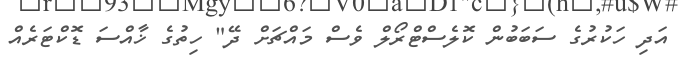
އަދި ހަކުރުގެ ސަބަބުން ކޮލެސްޓްރޯލް ވެސް މައްޗަށް ދޭ" ހިތުގެ ޚާއްސަ ޑޮކްޓަރެއް